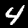
Digit: 4